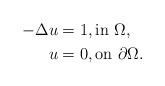
LaTeX: \begin{align*}-\Delta u = {} & 1, \textrm{in } \Omega, \\u = {} & 0, \textrm{on } \partial \Omega.\end{align*}